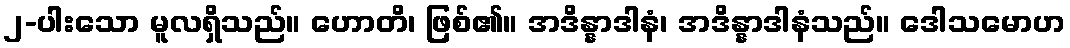
၂-ပါးသော မူလရှိသည်။ ဟောတိ၊ ဖြစ်၏။ အဒိန္နာဒါနံ၊ အဒိန္နာဒါနံသည်။ ဒေါသမောဟ